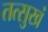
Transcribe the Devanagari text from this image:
तत्सुखं